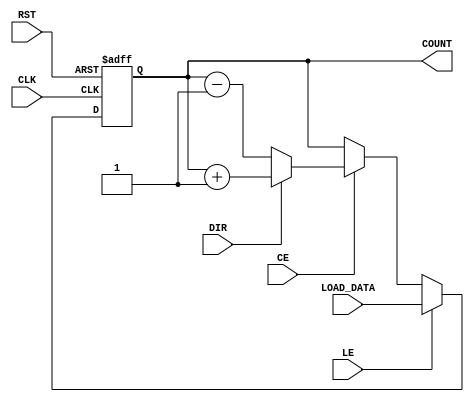
module LoadableCounter #(
    parameter N = 8 // Width of the counter
)(
    input wire CLK,       // Clock signal
    input wire RST,       // Reset signal
    input wire LE,        // Load Enable
    input wire CE,        // Count Enable
    input wire DIR,       // Count Direction (1 for up, 0 for down)
    input wire [N-1:0] LOAD_DATA, // Data to load into the counter
    output reg [N-1:0] COUNT // Current count value
);

// Define the initial value for the counter
localparam INITIAL_VALUE = 0;

// Always block for synchronous operations
always @(posedge CLK or posedge RST) begin
    if (RST) begin
        // Reset the counter to the initial value
        COUNT <= INITIAL_VALUE;
    end else if (LE) begin
        // Load the counter with the LOAD_DATA value
        COUNT <= LOAD_DATA;
    end else if (CE) begin
        // Count up or down based on DIR
        if (DIR) begin
            // Increment the counter
            COUNT <= COUNT + 1;
        end else begin
            // Decrement the counter
            COUNT <= COUNT - 1;
        end
    end
end

endmodule